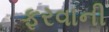
ફરવાની